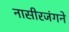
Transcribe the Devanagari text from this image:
नासीरजंगने